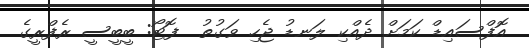
އޮފްސައިޑް ކަމަށް ދެއްކި ލަނޑު ޖެހި ވަގުތު  ފޮޓޯ: ބީބީސީ ރެފްރީގެ